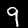
Label: 9